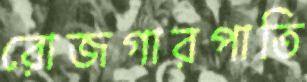
রোজগারপাতি